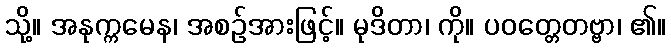
သို့။ အနုက္ကမေန၊ အစဉ်အားဖြင့်။ မုဒိတာ၊ ကို။ ပဝတ္တေတဗ္ဗာ၊ ၏။